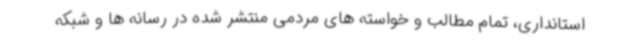
استانداری، تمام مطالب و خواسته های مردمی منتشر شده در رسانه ها و شبکه